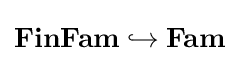
\mathbf {FinFam} \hookrightarrow \mathbf {Fam}